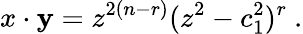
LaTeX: x\cdot\mathbf{y}=z^{2(n-r)}(z^{2}-c_{1}^{2})^{r}~.